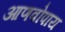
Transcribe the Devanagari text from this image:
आणवोपाय